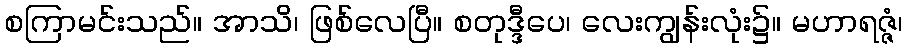
စကြာမင်းသည်။ အာသိ၊ ဖြစ်လေပြီ။ စတုဒ္ဒီပေ၊ လေးကျွန်းလုံး၌။ မဟာရဇ္ဇံ၊